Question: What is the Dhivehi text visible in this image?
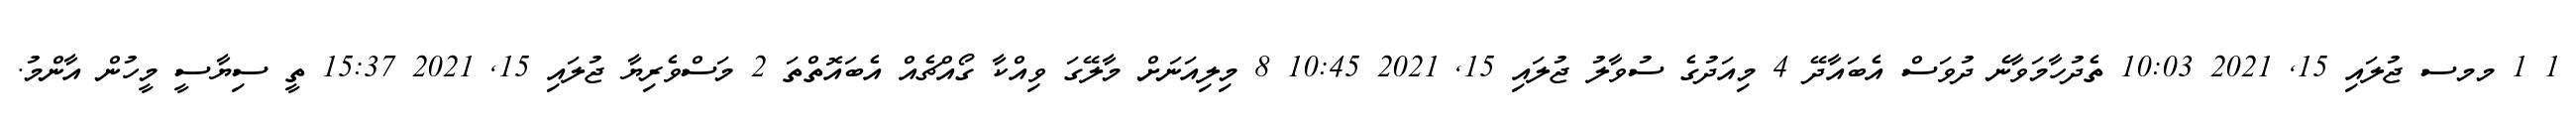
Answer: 1 1 މމސ ޖުލައި 15, 2021 10:03 ތެދުހާމަވާނެ ދުވަސް އެބައާދޭ 4 މިއަދުގެ ސުވާލު ޖުލައި 15, 2021 10:45 8 މިލިއަނަށް މާލޭގަ ވިއްކާ ގޯއްޗެއް އެބައޮތްތަ 2 މަސްވެރިޔާ ޖުލައި 15, 2021 15:37 ތީ ސިޔާސީ މީހުން އާންމު.